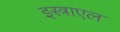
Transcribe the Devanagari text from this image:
इस्त्राएल